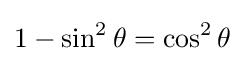
1-\sin ^{2}\theta =\cos ^{2}\theta